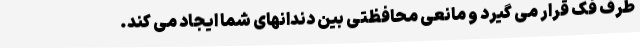
طرف فک قرار می گیرد و مانعی محافظتی بین دندانهای شما ایجاد می کند.